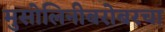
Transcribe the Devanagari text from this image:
मुसोलिनीबरोबरचा